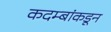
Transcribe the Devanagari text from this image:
कदम्बांकडून